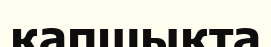
қапшықта